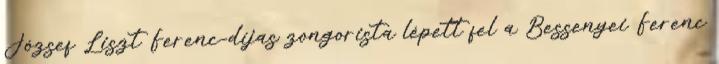
József Liszt Ferenc-díjas zongorista lépett fel a Bessenyei Ferenc